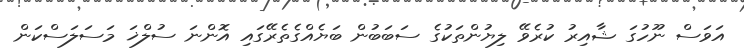
އަވަސް ނޫހުގަ ޝާއިރު ކުރެވޭ ލިޔުންތަކުގެ ސަބަބުން ބަޔެއްގެތެރޭގައި އޮންނަ ސުލްޚަ މަސަލަސްކަން